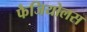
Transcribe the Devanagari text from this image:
फैजियोलस